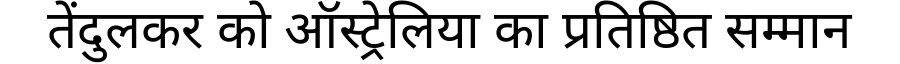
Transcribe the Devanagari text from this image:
तेंदुलकर को ऑस्ट्रेलिया का प्रतिष्ठित सम्मान